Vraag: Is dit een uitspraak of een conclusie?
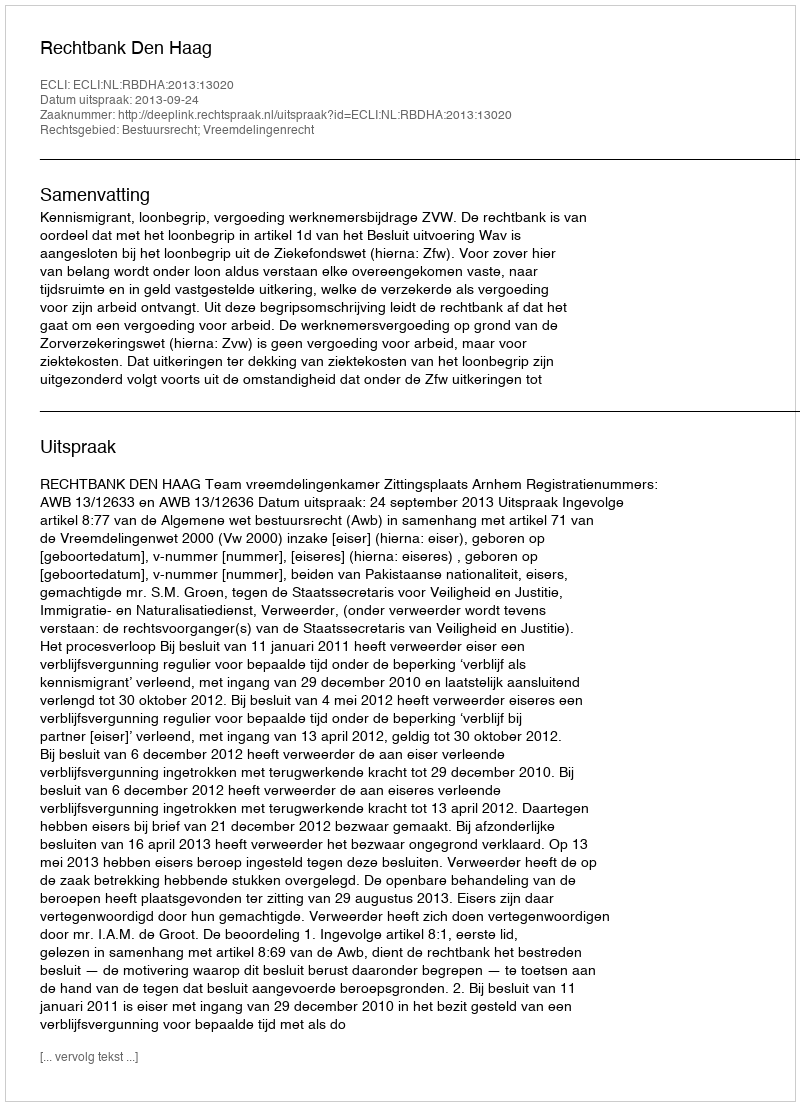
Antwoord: Uitspraak